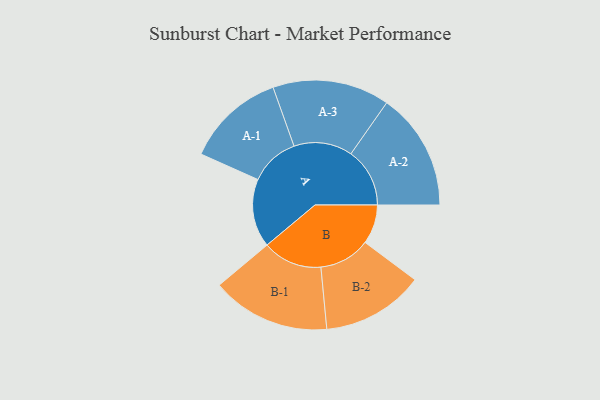
{"axis": {"x": "Segment", "y": "Value"}, "legend": ["", "A", "B"], "data": [{"x": "A", "y": 214, "type": ""}, {"x": "B", "y": 123, "type": ""}, {"x": "A-1", "y": 155, "type": "A"}, {"x": "A-2", "y": 184, "type": "A"}, {"x": "A-3", "y": 183, "type": "A"}, {"x": "B-1", "y": 186, "type": "B"}, {"x": "B-2", "y": 160, "type": "B"}]}